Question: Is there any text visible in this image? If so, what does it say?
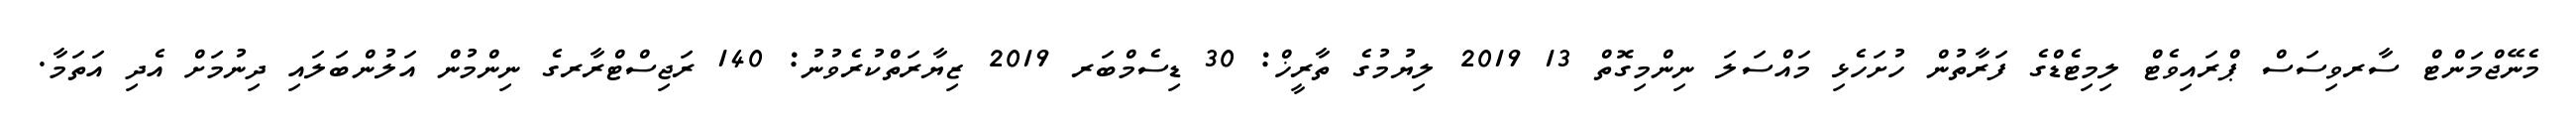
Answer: މެނޭޖްމަންޓް ސާރވިސަސް ޕްރައިވެޓް ލިމިޓެޑްގެ ފަރާތުން ހުށަހެޅި މައްސަލަ ނިންމިގޮތް 13 2019 ލިޔުމުގެ ތާރީޚް: 30 ޑިސެމްބަރ 2019 ޒިޔާރަތްކުރެވުނު: 140 ރަޖިސްޓްރާރގެ ނިންމުން އަލުންބަލައި ދިނުމަށް އެދި އަތަމާ.